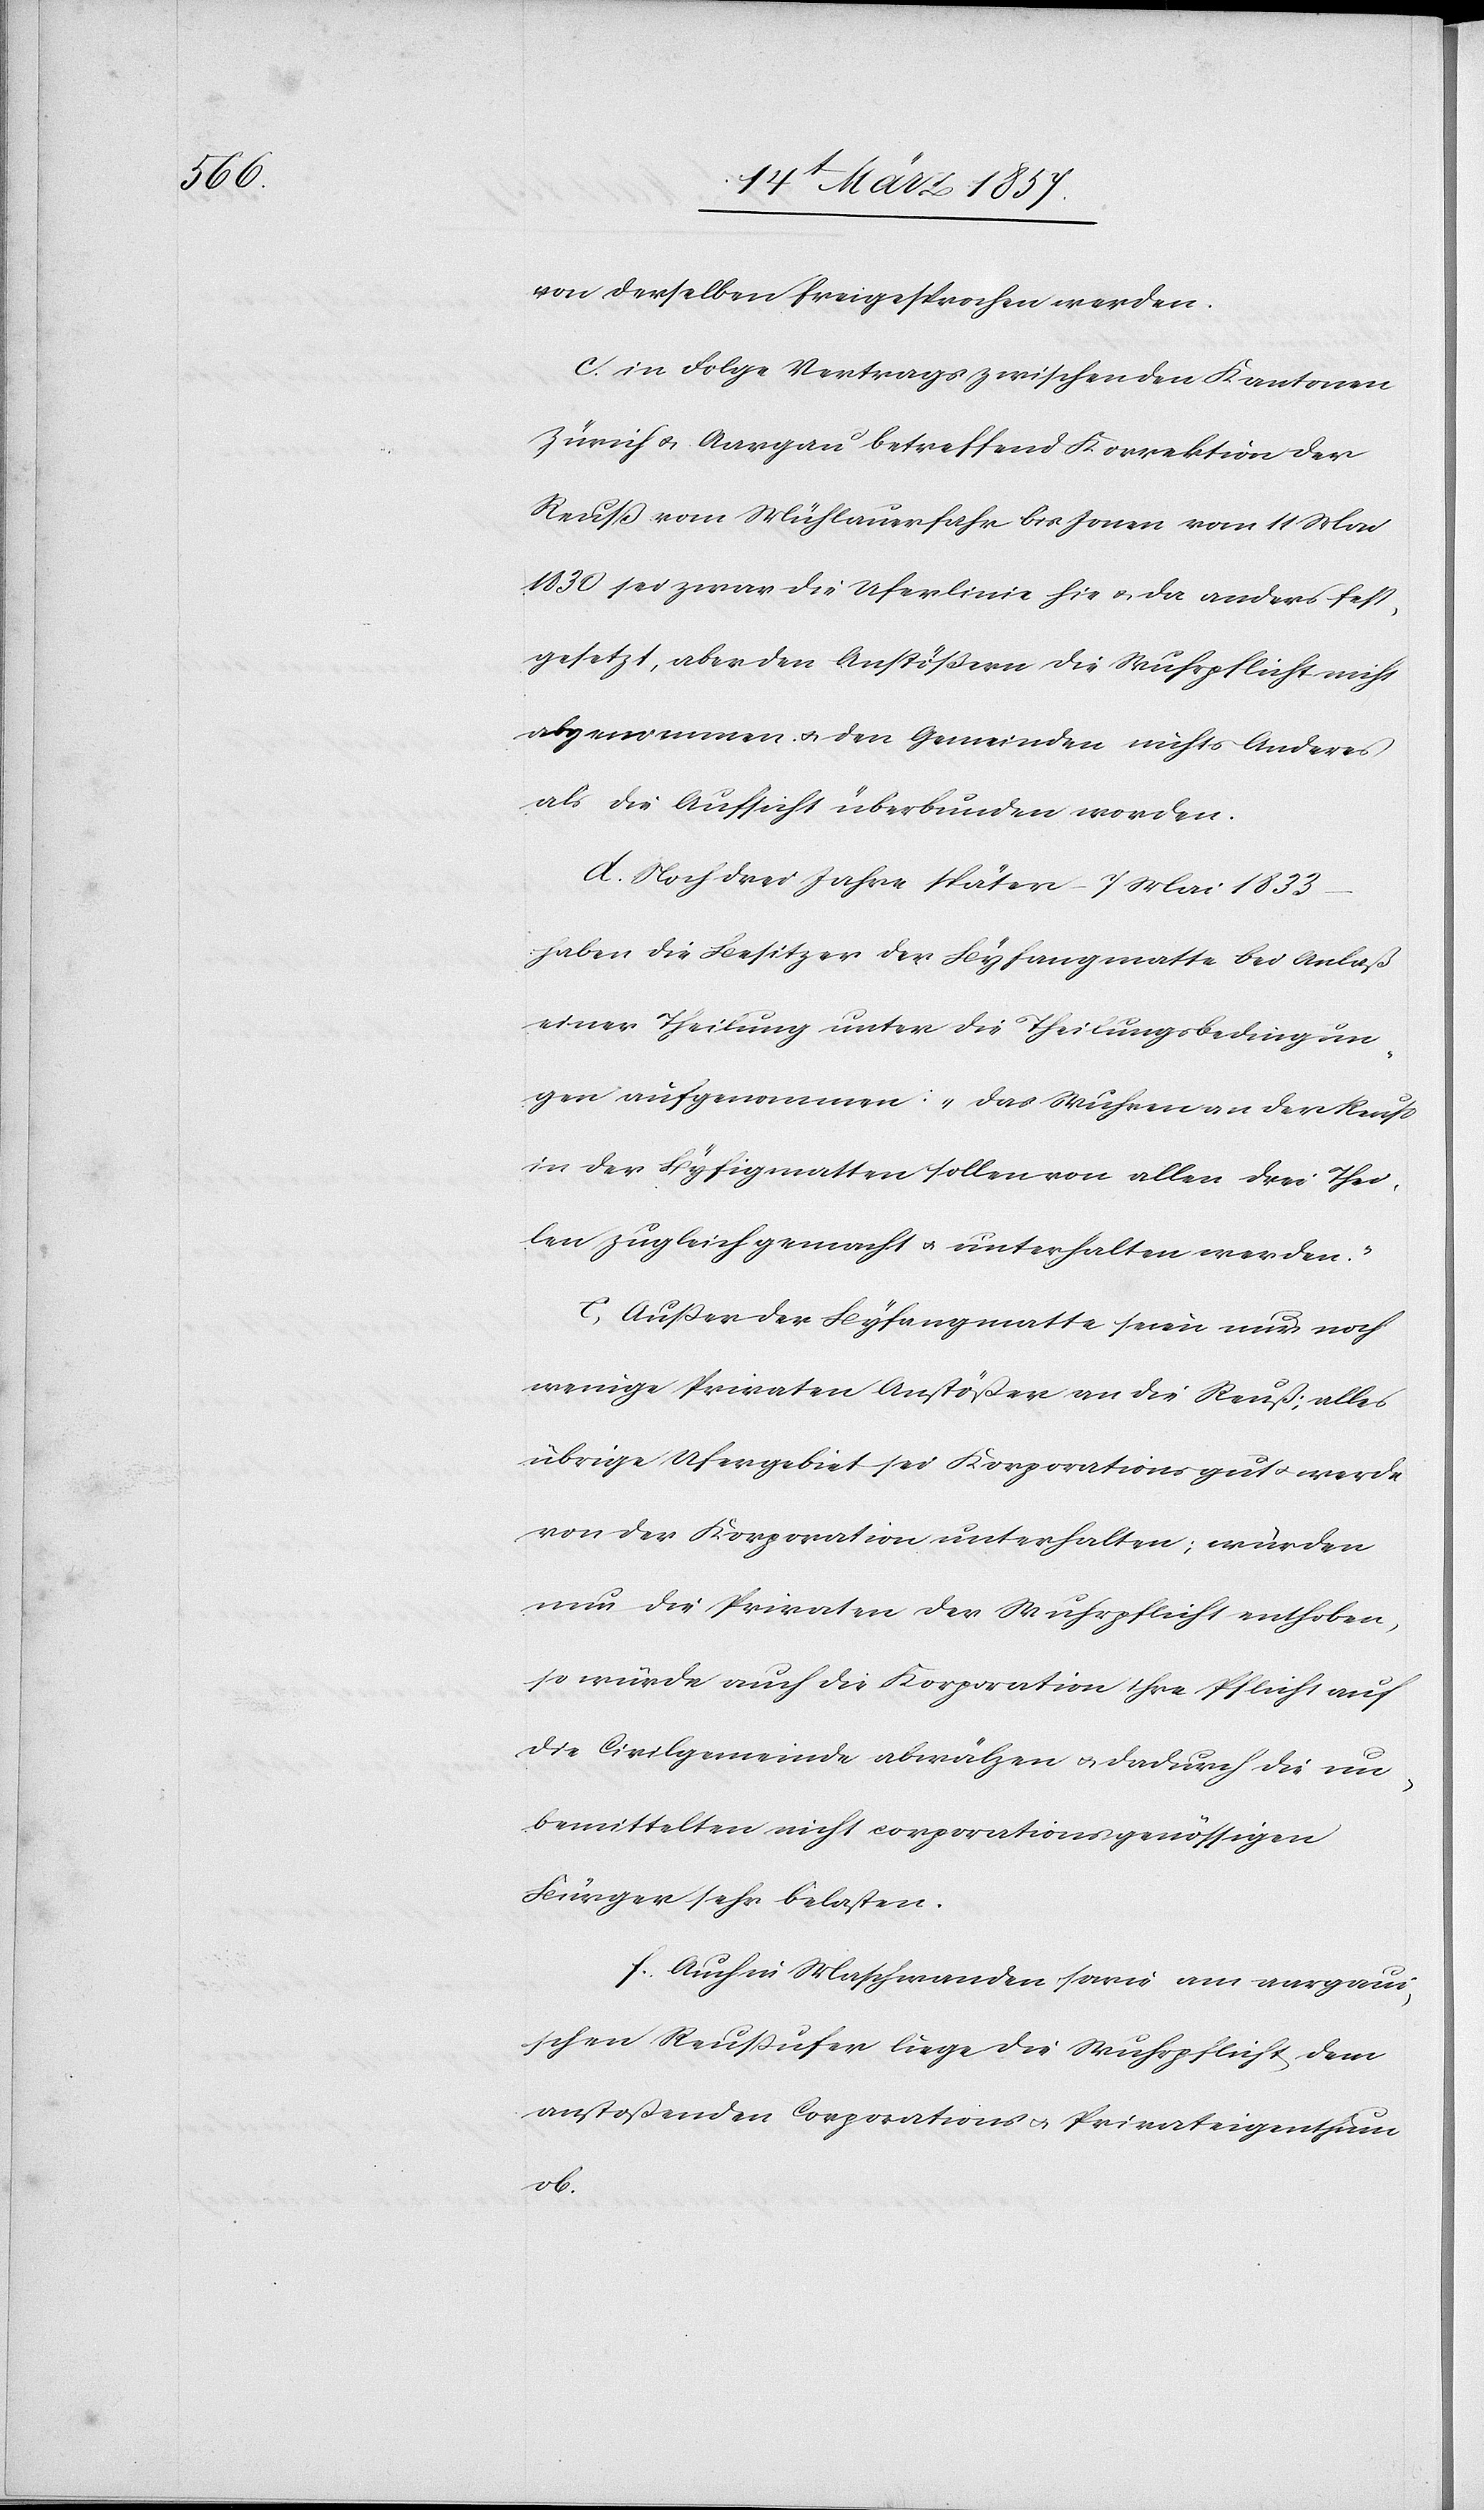
von derselben freigesprochen worden.
c. in Folge Vertrags zwischen den Kantonen
Zürich u. Aargau betreffend Korrektion der
Reuß vom Mühlauerfahr bis Jonen vom 11 Mai
1830 sei zwar die Uferlinie hie u. da anders fest¬
gesetzt, aber den Anstößern die Wuhrpflicht nicht
abgenommen u. den Gemeinden nichts Anderes
als die Aufsicht überbunden worden.
d. Noch drei Jahre später ( 7 Mai 1833
haben die Besitzer der Byfangmatte bei Anlaß
einer Theilung unter die Theilungsbedingun¬
gen aufgenommen: „Das Wuhren an der Reuß
in der Byfigmatten sollen von allen drei Thei¬
len zugleich gemacht und unterhalten werden.“
e. Außer der Byfangmatte seien nur noch
wenige Privaten Anstößer an die Reuß; alles
übrige Ufergebiet sei Korporationsgut u. werde
von der Korporation unterhalten; würden
nur die Privaten der Wuhrpflicht enthoben,
so würde auch die Korporation ihre Pflicht auf
die Civilgemeinde abwälzen u. dadurch die un¬
bemittelten nicht corporationsgenössigen
Bürger sehr belasten.
f. Auch in Maschwanden sowie am aargaui¬
schen Reußufer liege die Wuhrpflicht dem
anstoßenden Corporations[-] u. Privateigenthum
ob.